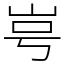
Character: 㞻